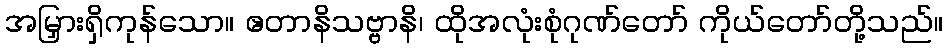
အမြှားရှိကုန်သော။ ဧတာနိသဗ္ဗာနိ၊ ထိုအလုံးစုံဂုဏ်တော် ကိုယ်တော်တို့သည်။